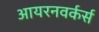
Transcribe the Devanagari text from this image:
आयरनवर्कर्स